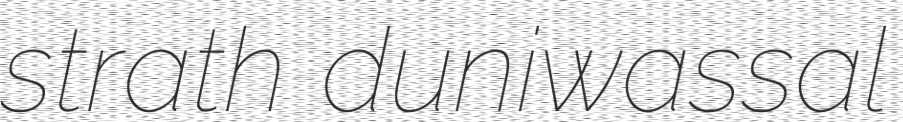
strath duniwassal